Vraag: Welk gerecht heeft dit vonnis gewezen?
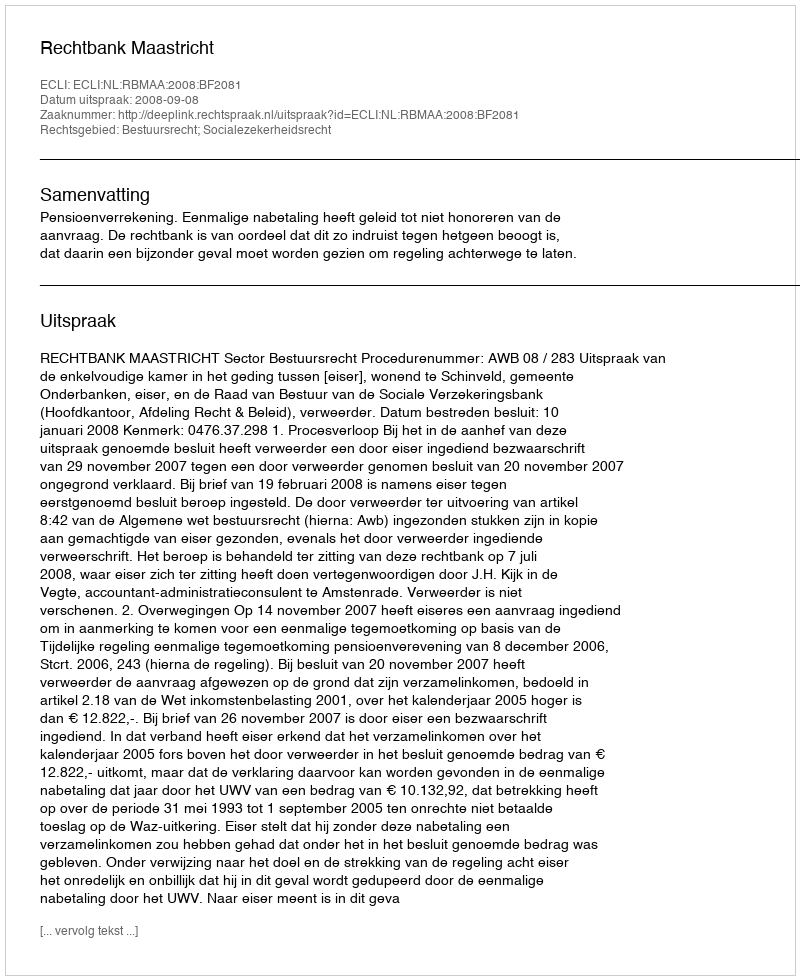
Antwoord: Rechtbank Maastricht